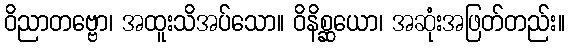
ဝိညာတဗ္ဗော၊ အထူးသိအပ်သော။ ဝိနိစ္ဆယော၊ အဆုံးအဖြတ်တည်း။